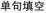
单句填空